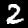
Digit: 2